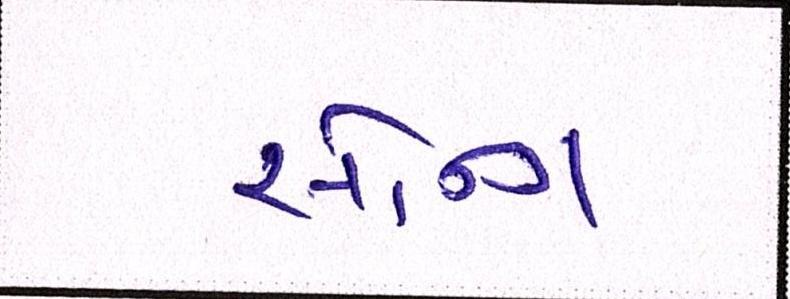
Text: સૉન્ગ